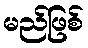
မည်ဖြစ်